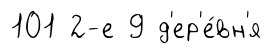
101 2-е 9 д'ер'е́вн'я